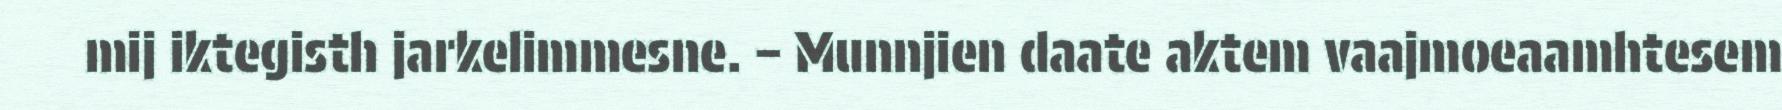
mij iktegisth jarkelimmesne. – Munnjien daate aktem vaajmoeaamhtesem